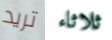
تريد ثلاثاء